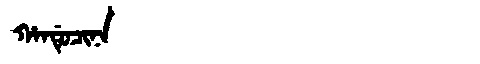
Manchu: ᡥᠠᠨᡩᡠᠴᡳᠨᠠ
Romanization: HANDUCINA